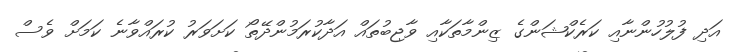
އަދި ފުލުހުންނާއި ކަރެކްޝަންގެ ޒިންމާތަކާއި ވާޖިބުތައް އަދާކުރަމުންދޭތޯ ކަށަވަރު ކުރައްވާނެ ކަމަށް ވެސް